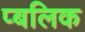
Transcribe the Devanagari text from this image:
प्बलिक